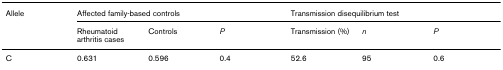
| Allele | <COLSPAN=3> Affected family-based controls | <COLSPAN=3> Transmission disequilibrium test |
 |  | Rheumatoid arthritis cases | Controls | P | Transmission (%) | n | P |
 | --- | --- | --- | --- | --- | --- | --- |
 | C | 0.631 | 0.596 | 0.4 | 52.6 | 95 | 0.6 |